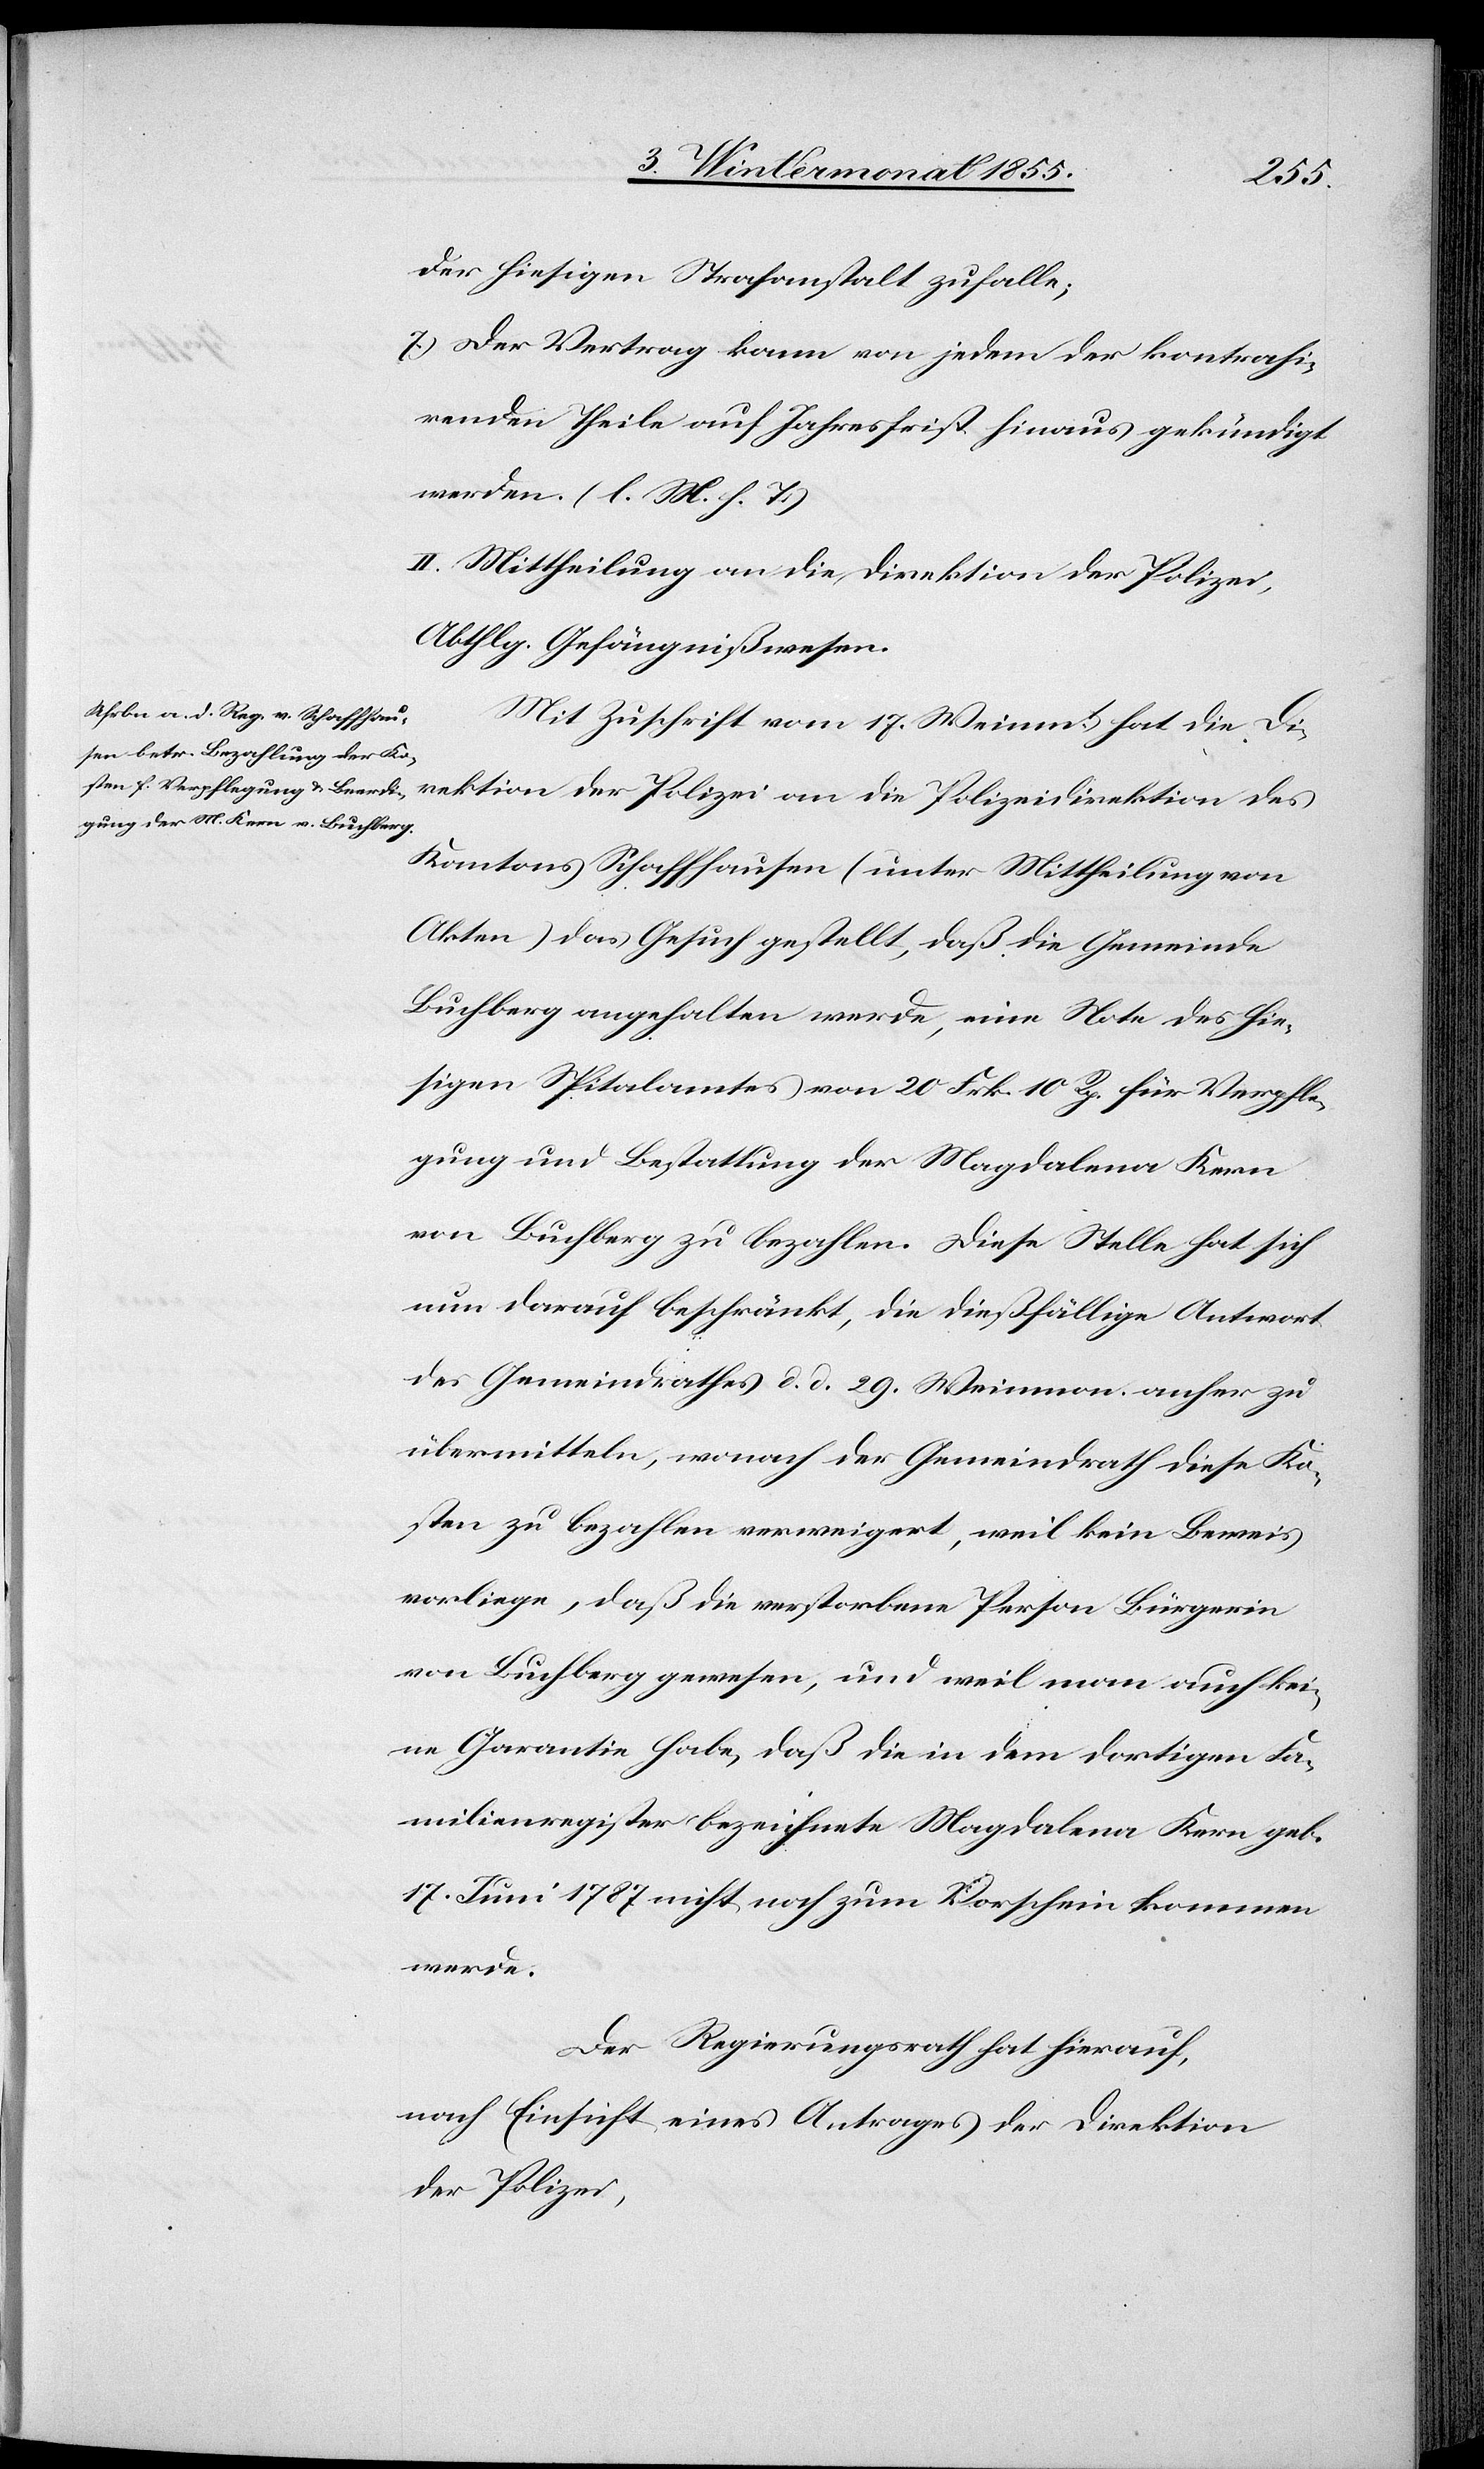
der hiesigen Strafanstalt zufalle;
Der Vertrag kann von jedem der kontrahi¬
renden Theile auf Jahresfrist hinaus gekündigt
werden. (l. M. h. T.)
II. Mittheilung an die Direktion der Polizei,
Abthlg. Gefängnißwesen.
Mit Zuschrift vom 17. Weinmt. hat die Di¬
rektion der Polizei an die Polizeidirektion des
Kantons Schaffhausen (unter Mittheilung von
Akten) das Gesuch gestellt, daß die Gemeinde
Buchberg angehalten werde, eine Note des hie¬
sigen Spitalamtes von 20 Frk. 10 Rp. für Verpfle¬
gung und Bestattung der Magdalena Kern
von Buchberg zu bezahlen. Diese Stelle hat sich
nun darauf beschränkt, die dießfällige Antwort
des Gemeindrathes d. d. 29. Weinmon. anher zu
übermitteln, wonach der Gemeindrath diese Ko¬
sten zu bezahlen verweigert, weil kein Beweis
vorliege, daß die verstorbene Person Bürgerin
von Buchberg gewesen, und weil man auch kei¬
ne Garantie habe, daß die in dem dortigen Fa¬
milienregister bezeichnete Magdalena Kern geb.
17. Juni 1787 nicht noch zum Vorschein kommen
werde.
Der Regierungsrath hat hierauf,
nach Einsicht eines Antrages der Direktion
der Polizei,